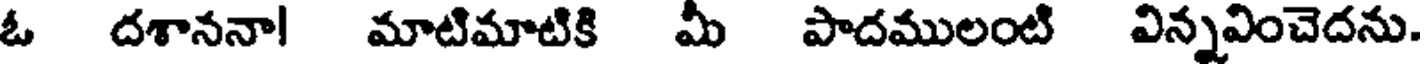
ఓ దశాననా! మాటిమాటికి మీ పాదములంటి విన్నవించెదను.